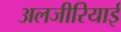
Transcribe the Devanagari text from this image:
अलजीरियाई